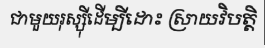
ជាមួយរុស្ស៊ីដើម្បីដោះ ស្រាយវិបត្តិ